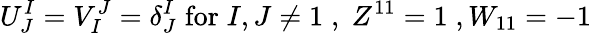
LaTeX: U_{J}^{I}=V_{I}^{J}={\delta}_{J}^{I}\; \mathrm{for}\; I,J\neq 1\; ,\; Z^{11}=1\; ,W_{11}=-1